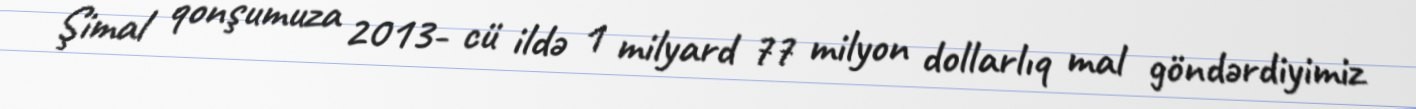
Şimal qonşumuza 2013- cü ildə 1 milyard 77 milyon dollarlıq mal göndərdiyimiz